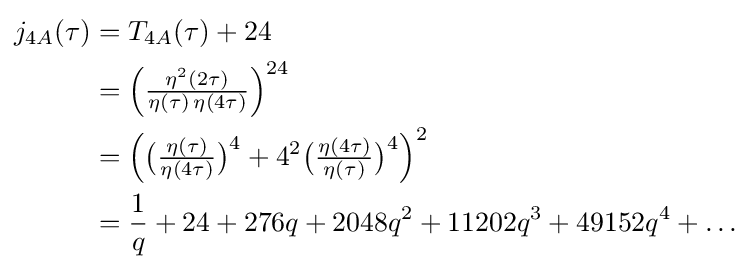
{\begin{aligned}j_{4A}(\tau )&=T_{4A}(\tau )+24\\&={\Big (}{\tfrac {\eta ^{2}(2\tau )}{\eta (\tau )\,\eta (4\tau )}}{\Big )}^{24}\\&={\Big (}{\big (}{\tfrac {\eta (\tau )}{\eta (4\tau )}}{\big )}^{4}+4^{2}{\big (}{\tfrac {\eta (4\tau )}{\eta (\tau )}}{\big )}^{4}{\Big )}^{2}\\&={\frac {1}{q}}+24+276q+2048q^{2}+11202q^{3}+49152q^{4}+\dots \end{aligned}}